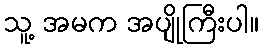
သူ့ အမက အပျိုကြီးပါ။